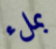
بملء